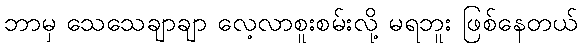
ဘာမှ သေသေချာချာ လေ့လာစူးစမ်းလို့ မရဘူး ဖြစ်နေတယ်